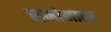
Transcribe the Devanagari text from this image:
समांनातर